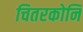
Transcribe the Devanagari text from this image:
चितरकोनि